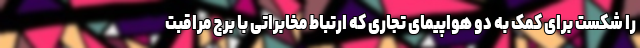
را شکست برای کمک به دو هواپیمای تجاری که ارتباط مخابراتی با برج مراقبت